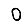
Digit: 0